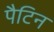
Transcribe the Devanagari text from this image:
पैटिन